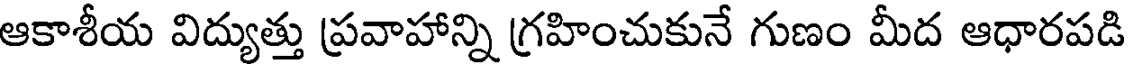
ఆకాశీయ విద్యుత్తు ప్రవాహాన్ని గ్రహించుకునే గుణం మీద ఆధారపడి